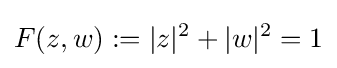
F(z,w):=|z|^{2}+|w|^{2}=1